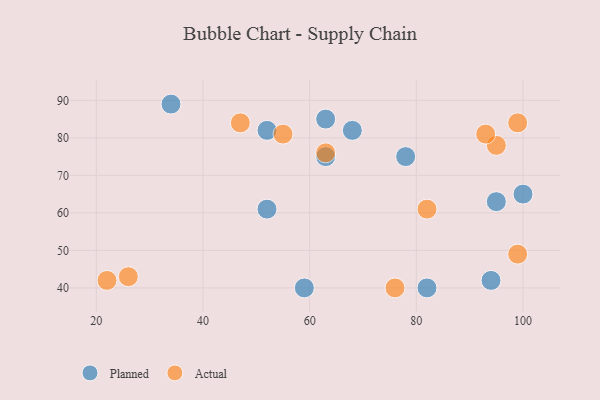
{"axis": {"x": "GDP", "y": "Life Expectancy"}, "legend": ["Actual", "Planned"], "data": [{"x": "63", "y": 85, "type": "Planned"}, {"x": "52", "y": 61, "type": "Planned"}, {"x": "95", "y": 63, "type": "Planned"}, {"x": "59", "y": 40, "type": "Planned"}, {"x": "63", "y": 75, "type": "Planned"}, {"x": "82", "y": 40, "type": "Planned"}, {"x": "52", "y": 82, "type": "Planned"}, {"x": "78", "y": 75, "type": "Planned"}, {"x": "100", "y": 65, "type": "Planned"}, {"x": "94", "y": 42, "type": "Planned"}, {"x": "34", "y": 89, "type": "Planned"}, {"x": "68", "y": 82, "type": "Planned"}, {"x": "99", "y": 84, "type": "Actual"}, {"x": "76", "y": 40, "type": "Actual"}, {"x": "82", "y": 61, "type": "Actual"}, {"x": "95", "y": 78, "type": "Actual"}, {"x": "93", "y": 81, "type": "Actual"}, {"x": "47", "y": 84, "type": "Actual"}, {"x": "26", "y": 43, "type": "Actual"}, {"x": "22", "y": 42, "type": "Actual"}, {"x": "55", "y": 81, "type": "Actual"}, {"x": "63", "y": 76, "type": "Actual"}, {"x": "99", "y": 49, "type": "Actual"}]}